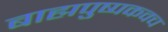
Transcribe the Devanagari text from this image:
बाह्मपुष्पकवच